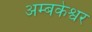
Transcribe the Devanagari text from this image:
अम्बकेश्वर